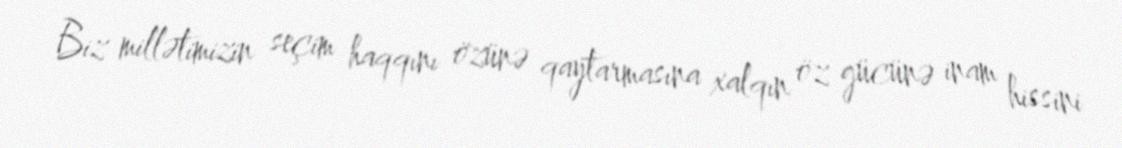
Biz millətimizin seçim haqqını özünə qaytarmasına xalqın öz gücünə inam hissini